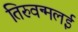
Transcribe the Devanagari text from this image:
तिरुवन्मलई